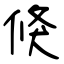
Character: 倏